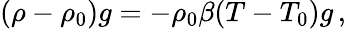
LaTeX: (\rho-\rho_{0})g=-\rho_{0}\beta(T-T_{0})g\, ,